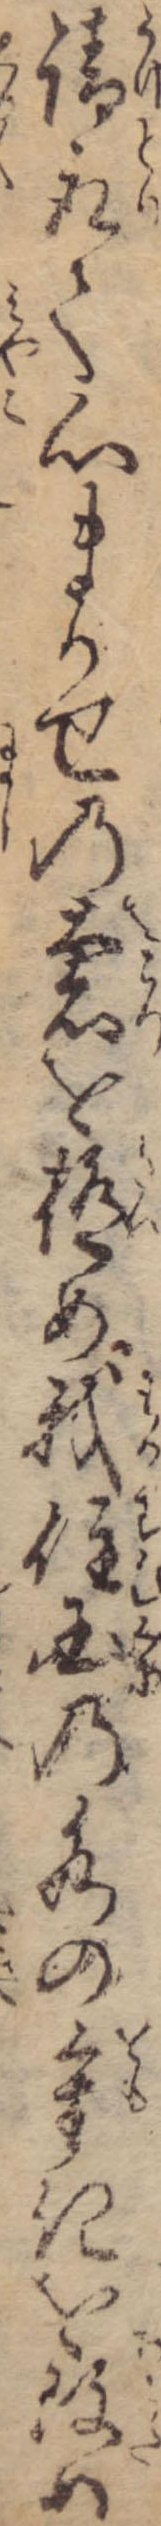
請取て心まかせの奢を極め我住国の水の重きを改め